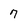
Character: 7